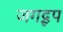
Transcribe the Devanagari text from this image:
जगद्रूप